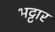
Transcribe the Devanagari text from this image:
भट्टार